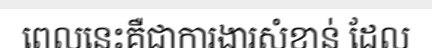
ពេលនេះគឺជាការងារសំខាន់ ដែល